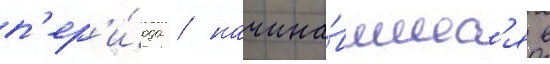
п'ер'и́ода / начина́вшиес'я в